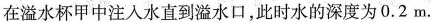
在溢水杯甲中注入水直到溢水口，此时水的深度为0.2m.